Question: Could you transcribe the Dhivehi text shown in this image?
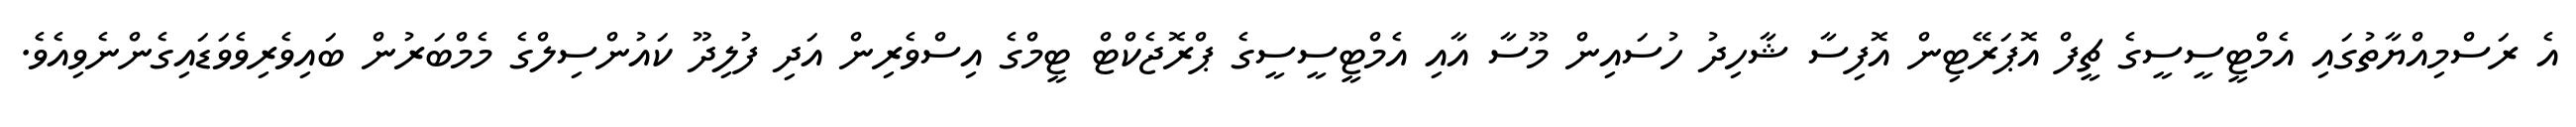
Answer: އެ ރަސްމިއްޔާތުގައި އެމްޓީސީސީގެ ޗީފް އޮޕަރޭޓިން އޮފިސާ ޝާހިދު ހުސައިން މޫސާ އާއި އެމްޓީސީސީގެ ޕްރޮޖެކްޓް ޓީމްގެ އިސްވެރިން އަދި ފުލިދޫ ކައުންސިލްގެ މެމްބަރުން ބައިވެރިވެވަޑައިގެންނެވިއެވެ.